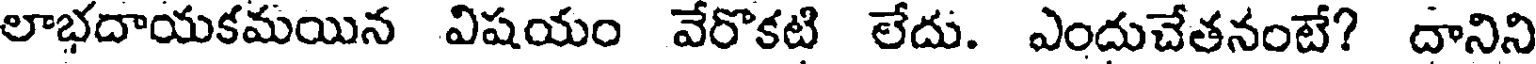
లాభదాయకమయిన విషయం వేరొకటి లేదు. ఎందుచేతనంటే? దానిని